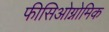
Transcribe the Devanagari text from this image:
फीसिओग्नोमिक